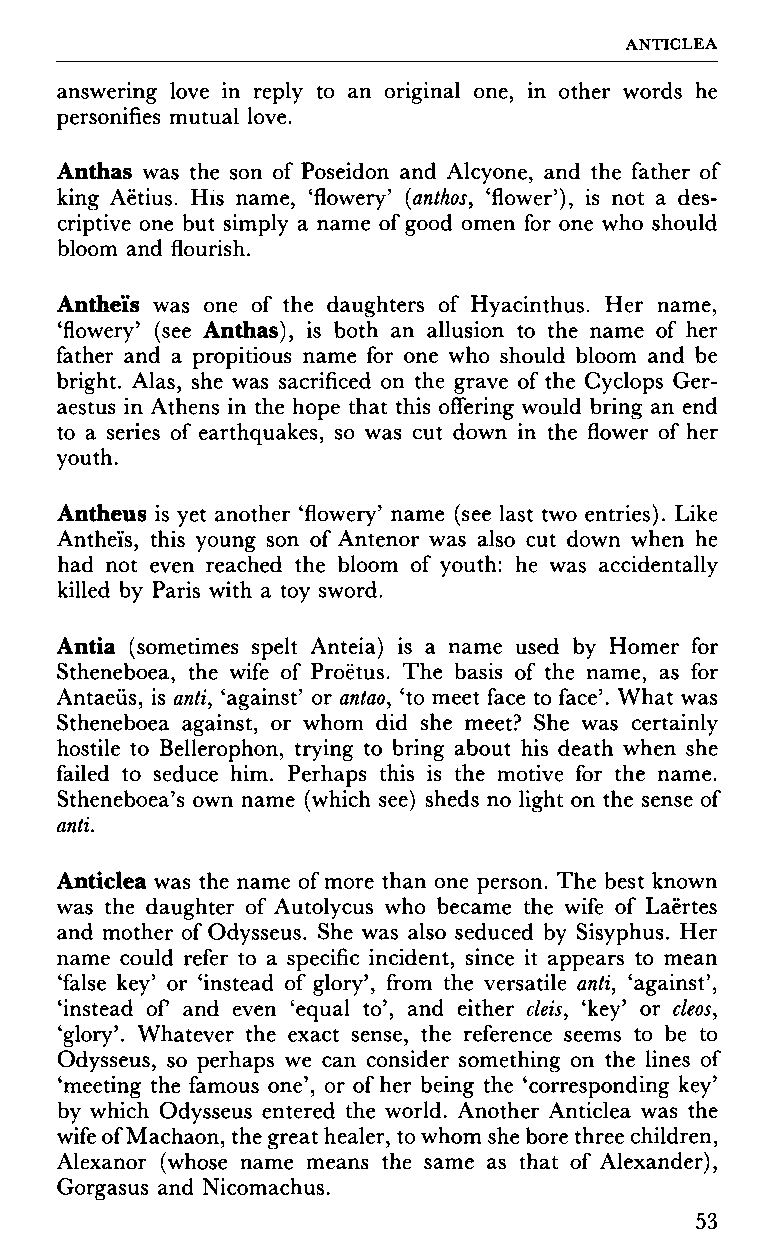
ANTICLEA
 answering love in reply to an original one, in other words he
 personifies mutual love.
 Anthas was the son of Poseidon and Alcyone, and the father of
 king Aëtius. His name, 'flowery' (anthos, 'flower'), is not a des
 criptive one but simply a name of good omen for one who should
 bloom and flourish.
 Antheïs was one of the daughters of Hyacinthus. Her name,
 'flowery' (see Anthas), is both an allusion to the name of her
 father and a propitious name for one who should bloom and be
 bright. Alas, she was sacrificed on the grave of the Cyclops Ger-
 aestus in Athens in the hope that this offering would bring an end
 to a series of earthquakes, so was cut down in the flower of her
 youth.
 Antheus is yet another 'flowery' name (see last two entries). Like
 Antheïs, this young son of Antenor was also cut down when he
 had not even reached the bloom of youth: he was accidentally
 killed by Paris with a toy sword.
 Antia (sometimes spelt Anteia) is a name used by Homer for
 Stheneboea, the wife of Proëtus. The basis of the name, as for
 Antaeus, is anti, 'against' or antao, 'to meet face to face'. What was
 Stheneboea against, or whom did she meet? She was certainly
 hostile to Bellerophon, trying to bring about his death when she
 failed to seduce him. Perhaps this is the motive for the name.
 Stheneboea's own name (which see) sheds no light on the sense of
 anti.
 Anticlea was the name of more than one person. The best known
 was the daughter of Autolycus who became the wife of Laertes
 and mother of Odysseus. She was also seduced by Sisyphus. Her
 name could refer to a specific incident, since it appears to mean
 'false key' or 'instead of glory', from the versatile anti, 'against',
 'instead of and even 'equal to', and either cleis, 'key' or cleos,
 'glory'. Whatever the exact sense, the reference seems to be to
 Odysseus, so perhaps we can consider something on the lines of
 'meeting the famous one', or of her being the 'corresponding key'
 by which Odysseus entered the world. Another Anticlea was the
 wife of Machaon, the great healer, to whom she bore three children,
 Alexanor (whose name means the same as that of Alexander),
 Gorgasus and Nicomachus.
 53